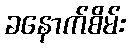
ခနောက်စိမ်း